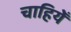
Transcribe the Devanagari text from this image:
चाहियेँ